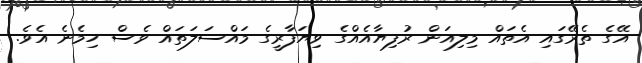
އޭގެ ތެރޭގައި އެތައް މިލިއަން ރުފިޔާއެއްގެ ވިޔަފާރީގެ މައްސަލަތައް ވެސް ހިމެނެ އެވެ.